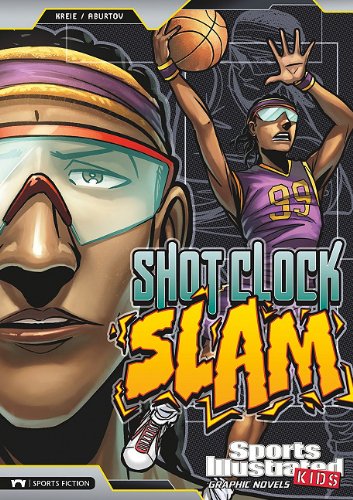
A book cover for Shot Clock Slam (Sports Illustrated Kids Graphic Novels); Chris Kreie; Children's Books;